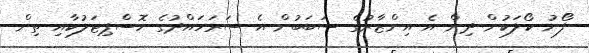
ފޯނު ކޯލަކުން ދިން އެ އިންޒާރުގެ ސަބަބުން އެ ސަރަހައްދުގެ ހޮސްޕިޓަލުކާއި ތިން